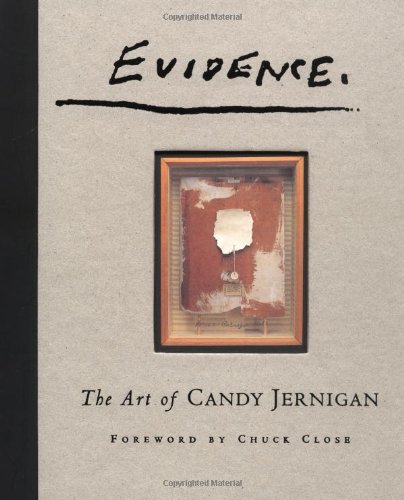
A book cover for Evidence: The Art of Candy Jernigan; Arts & Photography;